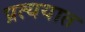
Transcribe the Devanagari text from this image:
प्रत्ययात